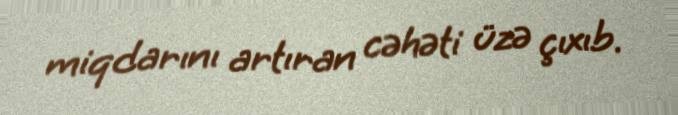
miqdarını artıran cəhəti üzə çıxıb.